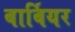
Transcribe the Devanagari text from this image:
बार्बियर